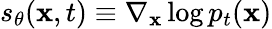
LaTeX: s_{\theta}(\mathbf{x},t)\equiv\nabla_{\mathbf{x}}\log p_{t}(\mathbf{x})